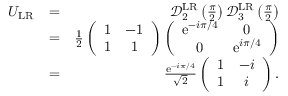
\begin{array} { r l r } { U _ { \mathrm { L R } } } & { = } & { \mathcal { D } _ { 2 } ^ { \mathrm { L R } } \left( \frac { \pi } { 2 } \right) \mathcal { D } _ { 3 } ^ { \mathrm { L R } } \left( \frac { \pi } { 2 } \right) } \\ & { = } & { \frac { 1 } { 2 } \left( \begin{array} { c c } { 1 } & { - 1 } \\ { 1 } & { 1 } \end{array} \right) \left( \begin{array} { c c } { \mathrm { e } ^ { - i \pi / 4 } } & { 0 } \\ { 0 } & { \mathrm { e } ^ { i \pi / 4 } } \end{array} \right) } \\ & { = } & { \frac { \mathrm { e } ^ { - i \pi / 4 } } { \sqrt { 2 } } \left( \begin{array} { c c } { 1 } & { - i } \\ { 1 } & { i } \end{array} \right) . } \end{array}